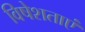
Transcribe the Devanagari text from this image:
विषेशताएं